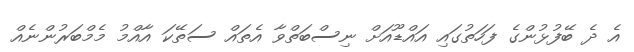
އެ ދެ ބޭފުޅުންގެ ފަހަތުގައި އައްޑޫއަށް ނިސްބަތްވާ އެތައް ސަތޭކަ އާއްމު މެމްބަރުންނެއް